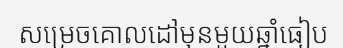
សម្រេចគោលដៅមុនមួយឆ្នាំធៀប